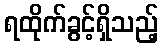
ရထိုက်ခွင့်ရှိသည့်